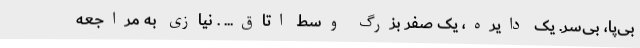
بی‌پا، بی‌سر. یک دایره، یک صفر بزرگ وسط اتاق... . نیازی به مراجعه